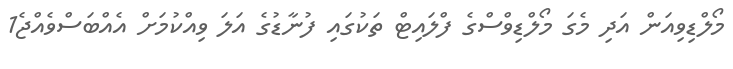
މޯލްޑިވިއަން އަދި މެގަ މޯލްޑިވްސްގެ ފްލައިޓް ތަކުގައި ފުނާޑުގެ އަލަ ވިއްކުމަށް އެއްބަސްވެއްޖެ1